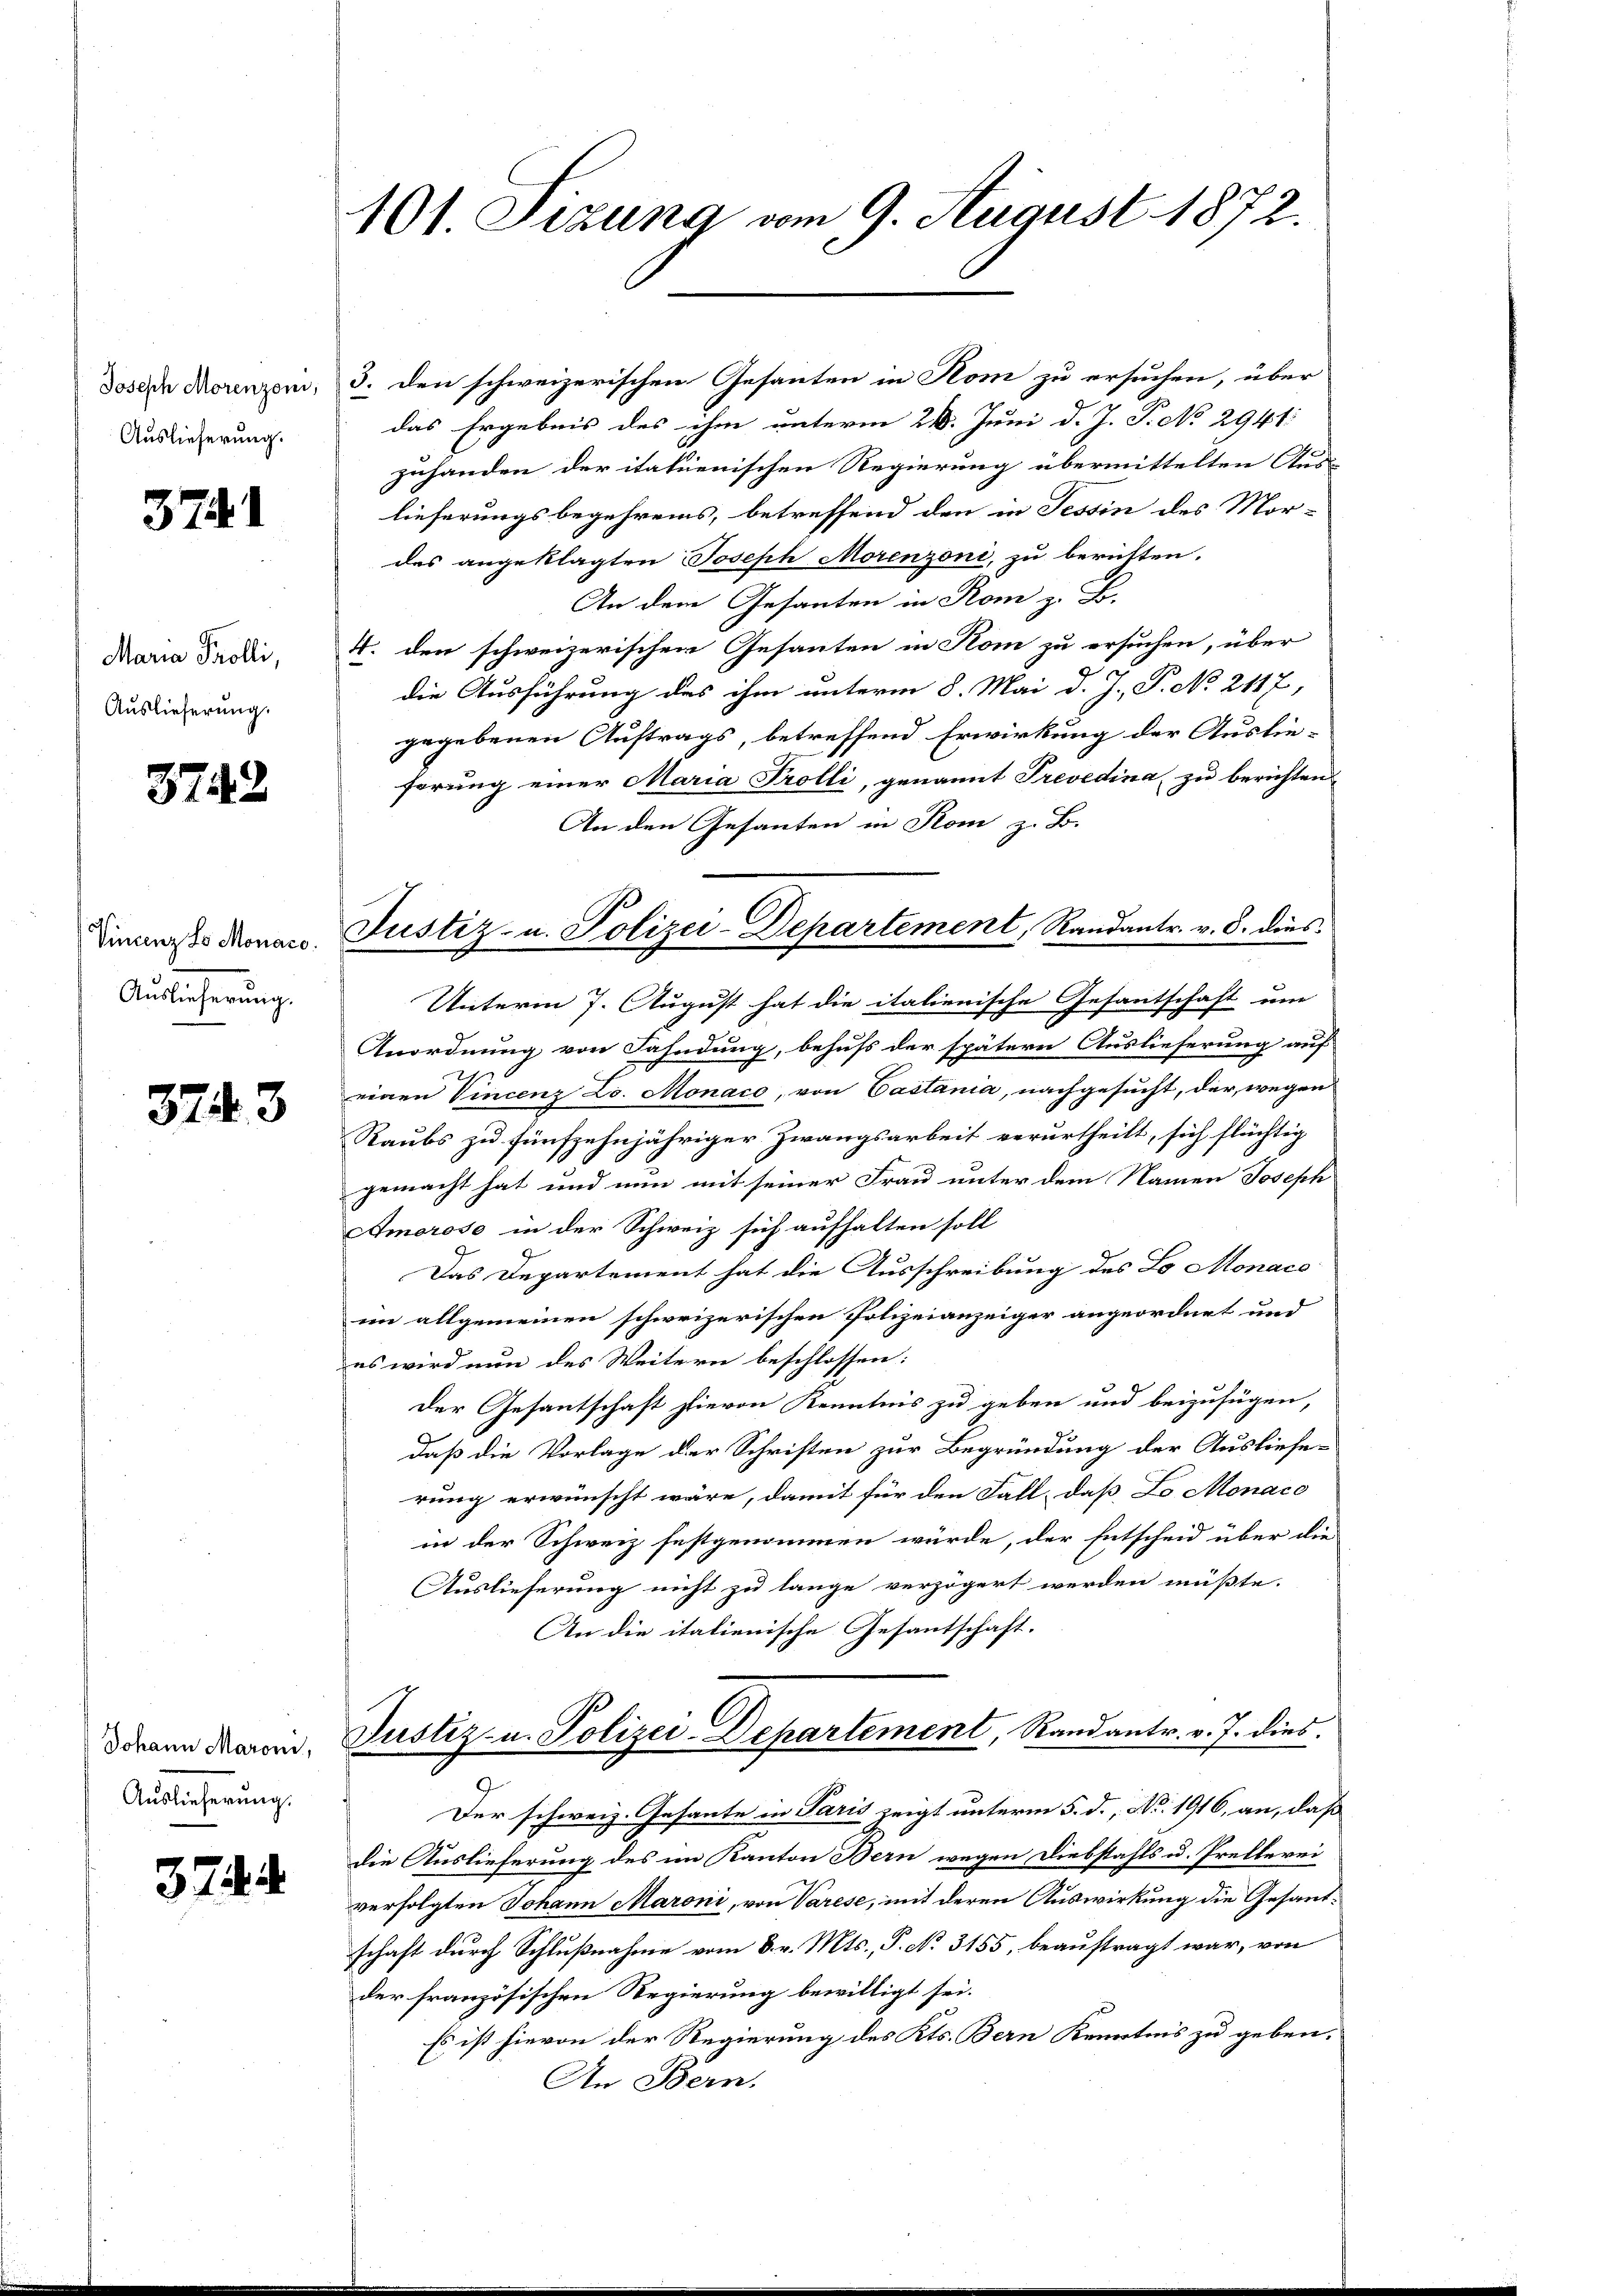
Joseph Morenzoni,
Auslieferung.

374.

Maria Trolli,
Auslieferung.

3742

Vincenz Lo Monaro.
Auslieferung.

3743

Johann Maroni,
Auslieferung.

374.

101. Sizung vom 9. August 1872.

das Ergebnis des ihm unterm 28. Juni d. J. P. No 2941.
zuhanden der italienischen Regierung übermittelten Aus-
lieferungsbegehrens, betreffend den in Tessin des Mordes angeklagten Joseph Morenzoni, zu berichten.
An dem Gesanten in Rom z. B.
4. den schweizerischen Gesanten in Kom zu ersuchen, über
die Ausführung des ihm unterm 8. Mai d. J. P. No 2117,
gegebenen Auftrags, betreffend Erwirkung der Auslieförung einer Maria Trolli, genannt Trevedina, zu berichten,
An den Gesanten in Rom z. B.
Unterm 7. August hat die italienische Gesantschaft um
Anordnung von Fahndung, behufs der spätern Auslieferung auf
einen Vincenz Lo. Monaco, von Castania, nachgesucht, der wegen
Raubs zu fünfzehnjähriger Zwangsarbeit verurtheilt, sich flüchtig
gemacht hat und nun mit seiner Frau unter dem Namen Joseph
Amorose in der Schweiz sich aufhalten soll
Das Departement hat die Ausschreibung des Lo Monace
im allgemeinen schweizerischen Polizeianzeiger angeordnet und
es wird nun des Weitern beschlossen:
der Gesantschaft hievon Kenntnis zu geben und beizufügen,
daß die Vorlage der Schriften zur Begründung der Ausliefe-
rung erwünscht wäre, damit für den Fall, daß Lo Monaco
in der Schweiz festgenommen würde, der Entscheid über die
Auslieferung nicht zu lange verzögert werden müßte.
An die italienische Gesantschaft.
Justiz- u. Polizei-Departement, Randantr. v. J. dies
9
Der schweiz. Gesante in Paris zeigt unterm 5. d., No. 1916, an, daß
die Auslieferung des im Kanton Bern wegen Diebstahls u. Prellerei
verfolgten Johann Maroni, von Varese, mit deren Auswirkung die Gesantschaft durch Schlußnahme vom 8. v. Mts., P. No. 3155, beauftragt war, von
der französischen Regierung bewilligt sei.
Es ist hievon der Regierung des Kts. Bern Kenntnis zu geben.
An Bern.

3. den schweizerischen Gesanten in Rom zu ersuchen, über

Justiz- u. Polizei-Departement, Randantr. v. 8. dies¬